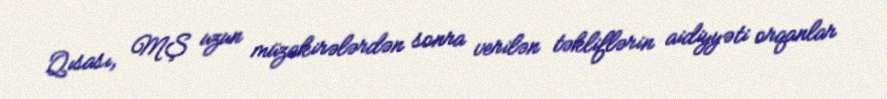
Qısası, MŞ uzun müzakirələrdən sonra verilən təkliflərin aidiyyəti orqanlar